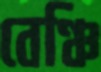
বেঞ্চি